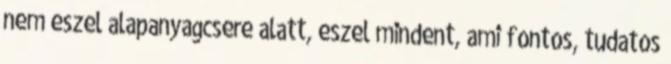
nem eszel alapanyagcsere alatt, eszel mindent, ami fontos, tudatos